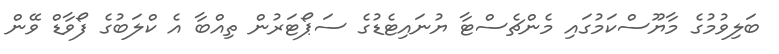
ބަލިވުމުގެ މާޔޫސްކަމުގައި މެންޗެސްޓާ ޔުނައިޓެޑުގެ ސަޕޯޓަރުން ތިއްބާ އެ ކްލަބުގެ ފޯވާޑް ވޭން